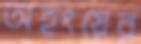
অহংয়ের